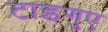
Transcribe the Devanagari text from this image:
टाइगुए